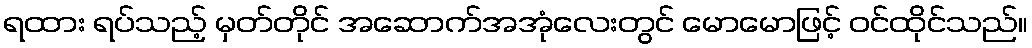
ရထား ရပ်သည့် မှတ်တိုင် အဆောက်အအုံလေးတွင် မောမောဖြင့် ဝင်ထိုင်သည်။